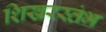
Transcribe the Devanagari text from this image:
शिखरस्तंभ